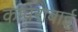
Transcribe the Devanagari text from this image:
कावेराबाई